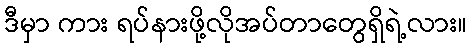
ဒီမှာ ကား ရပ်နားဖို့လိုအပ်တာတွေရှိရဲ့လား။